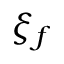
\xi _ { f }